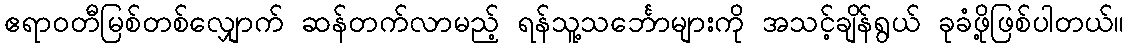
ဧရာဝတီမြစ်တစ်လျှောက် ဆန်တက်လာမည့် ရန်သူ့သင်္ဘောများကို အသင့်ချိန်ရွယ် ခုခံဖို့ဖြစ်ပါတယ်။